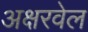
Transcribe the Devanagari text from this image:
अक्षरवेल